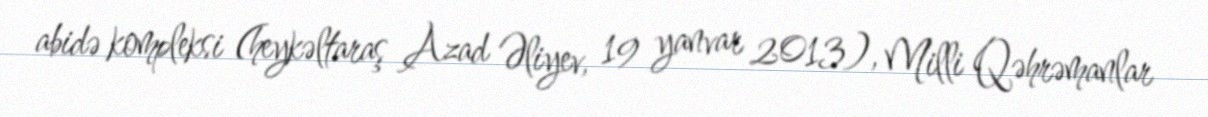
abidə kompleksi (heykəltaraş Azad Əliyev, 19 yanvar 2013), Milli Qəhrəmanlar